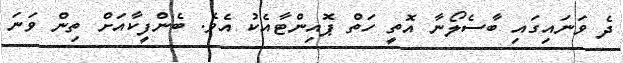
ދެ ވަނައިގައި ބާސެލޯނާ އޮތީ ހަތް ޕޮއިންޓާއެކު އެވެ. ބެންފީކާއަށް ތިން ވަނަ